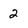
Character: 2